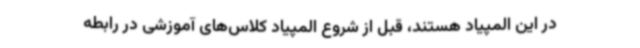
در این المپیاد هستند، قبل از شروع المپیاد کلاس‌های آموزشی در رابطه